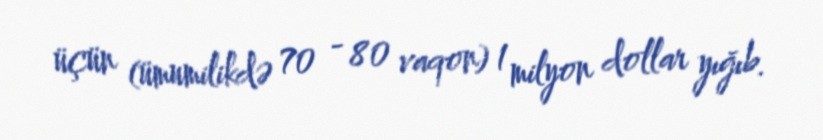
üçün (ümumilikdə 70 - 80 vaqon) 1 milyon dollar yığıb.